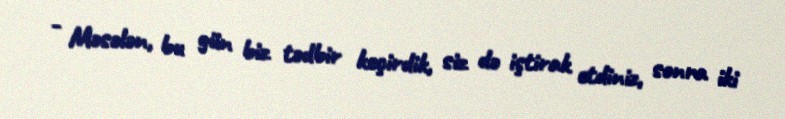
- Məsələn, bu gün biz tədbir keçirdik, siz də iştirak etdiniz, sonra iki